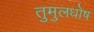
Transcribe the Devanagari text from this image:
तुमुलधोष